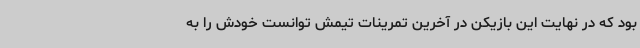
بود که در نهایت این بازیکن در آخرین تمرینات تیمش توانست خودش را به